Annual report on the Civil Veterinary Department, Burma (including the Insein Veterinary School) - 1923-1931
Year: 1923
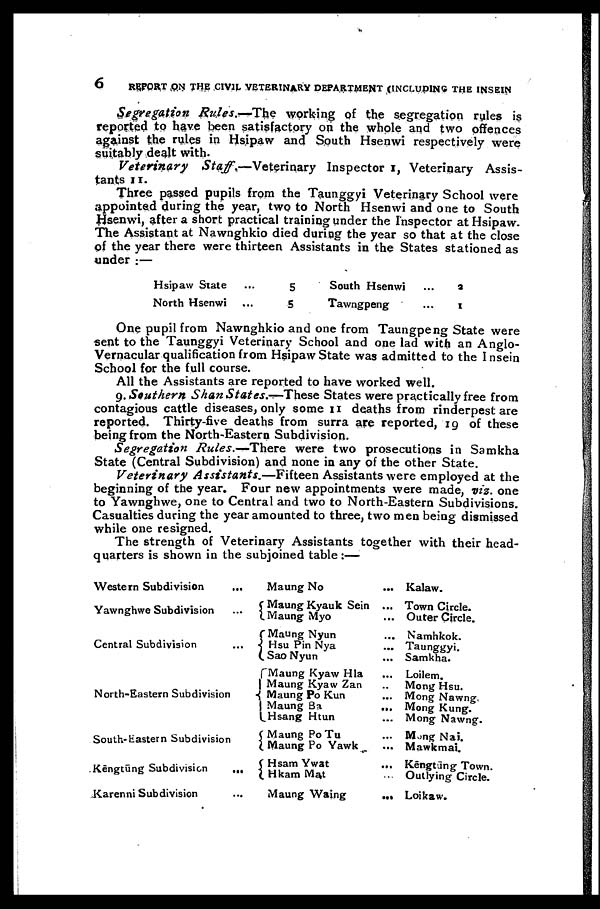
6
REPORT ON THE CIVIL VETERINARY DEPARTMENT (INCLUDING THE INSEIN
Segregation Rules.—The
working of the segregation rules is
reported to have been satisfactory on the whole and two offences
against the rules in Hsipaw and South Hsenwi respectively were
suitably dealt with.
Veterinary
Staff.—Veterinary
Inspector I, Veterinary Assis
tants 11.
Three passed pupils from the Taunggyi Veterinary School were
appointed during the year, two to North Hsenwi and one to South
Hsenwi, after a short practical training under the Inspector at Hsipaw.
The Assistant at Nawnghkio died during the year so that at the close
of the year there were thirteen Assistants in the States stationed as
under :—
Hsipaw State ...
North Hsenwi ...
5
5
South Hsenwi ...
Tawngpeng ...
2
1
One pupil from Nawnghkio and one from Taungpeng State were
sent to the Taunggyi Veterinary School and one lad with an Anglo-
Vernacular qualification from Hsipaw State was admitted to the Insein
School for the full course.
All the Assistants are reported to have worked well.
9. Southern Shan States.—These
States were practically free from
contagious cattle diseases, only some 11 deaths from rinderpest are
reported. Thirty-five deaths from surra are reported, 19 of these
being from the North-Eastern Subdivision.
Segregation Rules.—There
were two prosecutions in Samkha
State (Central Subdivision) and none in any of the other State.
Veterinary
Assistants.—Fifteen
Assistants were employed at the
beginning of the year. Four new appointments were made, viz. one
to Yawnghwe, one to Central and two to North-Eastern Subdivisions.
Casualties during the year amounted to three, two men being dismissed
while one resigned.
The strength of Veterinary Assistants together with their head
quarters is shown in the subjoined table :—
Western Subdivision ...
Yawnghwe Subdivision ...
Central Subdivision ...
North-Eastern Subdivision
South-tastern Subdivision
Kēngtūng Subdivision
...
Karenni Subdivision ...
Maung No ...
Maung Kyauk Sein ...
Maung Myo ...
Maung Nyun ...
Hsu Pin Nya ...
Sao Nyun ...
Maung Kyaw Hla ...
Maung Kyaw Zan ...
Maung Po Kun ...
Maung Ba ...
Hsang Htun ...
Maung Po Tu ...
Maung Po Yawk ...
Hsam Ywat ...
Hkam Mat ...
Maung Waing
...
Kalaw.
Town Circle.
Outer Circle.
Namhkok.
Taunggyi.
Samkha.
Loilem.
Mong Hsu.
Mong Nawng.
Mong Kung.
Mong Nawng.
Mong Nai.
Mawkmai.
Kēngtūng Town.
Outlying Circle.
Loikaw.